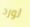
لورد